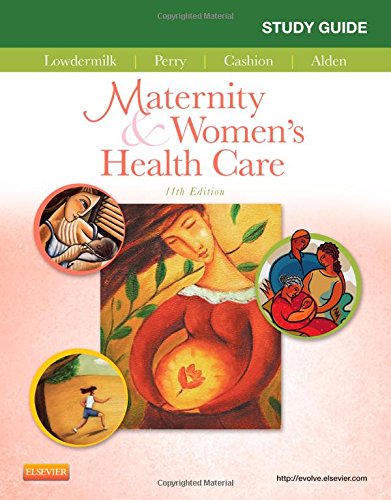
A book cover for Study Guide for Maternity & Women's Health Care, 11e; Deitra Leonard Lowdermilk RNC  PhD  FAAN; Medical Books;